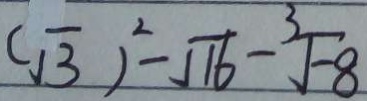
( \sqrt { 3 } ) ^ { 2 } - \sqrt { 1 6 } - \sqrt [ 3 ] { - 8 }